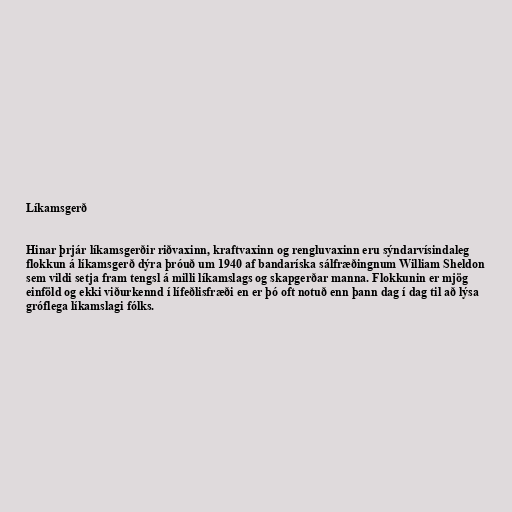
Líkamsgerð

Hinar þrjár líkamsgerðir riðvaxinn, kraftvaxinn og rengluvaxinn eru sýndarvísindaleg
flokkun á líkamsgerð dýra þróuð um 1940 af bandaríska sálfræðingnum William Sheldon
sem vildi setja fram tengsl á milli líkamslags og skapgerðar manna. Flokkunin er mjög
einföld og ekki viðurkennd í lífeðlisfræði en er þó oft notuð enn þann dag í dag til að lýsa
gróflega líkamslagi fólks.